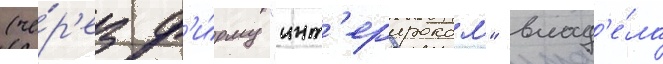
(че́р'ез ф'и́рму "инт'ерпроком" влад'е́ла